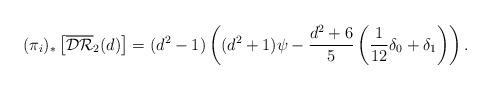
LaTeX: \begin{align*}(\pi_i)_*\left[ \overline{\mathcal{DR}}_2(d) \right] = (d^2-1)\left((d^2+1)\psi-\frac{d^2+6}{5}\left(\frac{1}{12}\delta_0+\delta_1\right) \right).\end{align*}